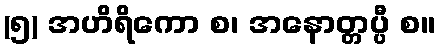
(၅) အဟိရိကော စ၊ အနောတ္တပ္ပီ စ။